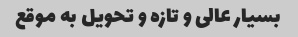
بسیار عالی و تازه و تحویل به موقع